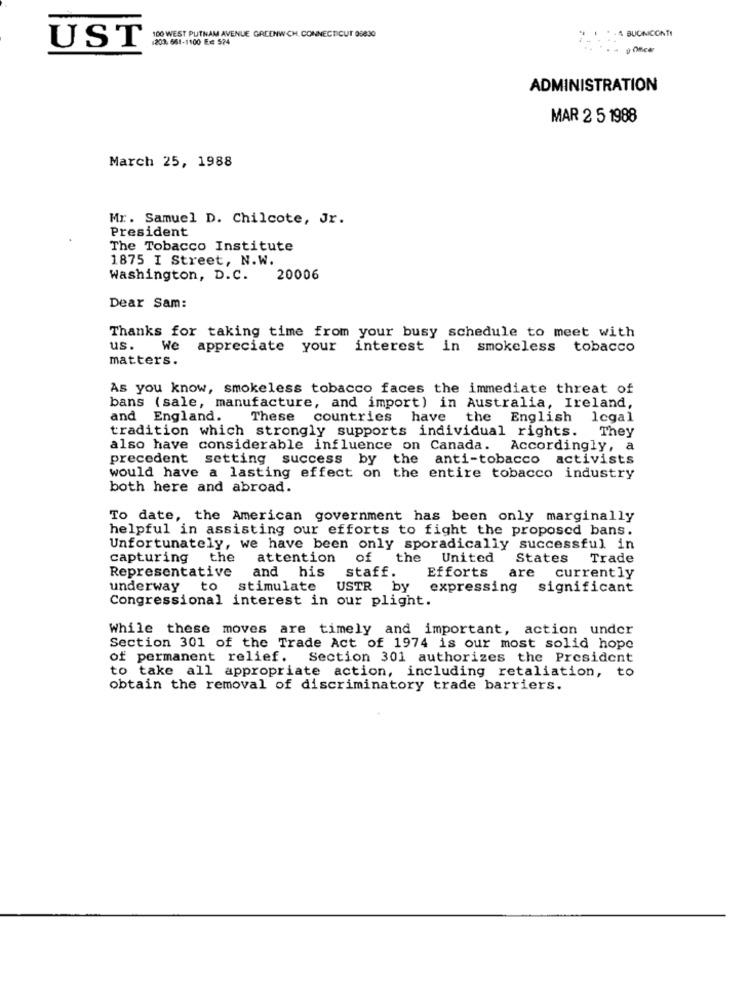
100 WEST PUTNAM AVENUE GREENWICH, CONNECTICUT 08830
4 BUCINCONTI
UST
1203,661-1100 E2 574
ADMINISTRATION
MAR 2 5 1988
March 25, 1988
Mr. Samuel D. Chilcote, Jr.
President
The Tobacco Institute
1875 I Street, N.W.
Washington, D.C. 20006
Dear Sam:
Thanks for taking time from your busy schedule to meet with
us.
We
appreciate your
interest in smokeless tobacco
matters.
As you know, smokeless tobacco faces the immediate threat of
bans (sale, manufacture, and import) in Australia, Ireland,
and England.
These countries have the English legal
tradition which strongly supports individual rights.
They
also have considerable influence on Canada. Accordingly, a
precedent setting success by
the anti-tobacco activists
would have a lasting effect on the entire tobacco industry
both here and abroad.
To date, the American government has been only marginally
helpful in assisting our efforts to fight the proposed bans.
Unfortunately, we have been only sporadically successful in
capturing the
attention
of the United
States Trade
Representative
and his
staff.
Efforts
are currently
underway to stimulate
USTR by
expressing
significant
Congressional interest in our plight.
While these moves are timely and important, action under
Section 301 of the Trade Act of 1974 is our most solid hope
of permanent relief. Section 301 authorizes the President
to take all appropriate action, including retaliation, to
obtain the removal of discriminatory trade barriers.